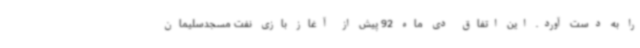
را به‌ دست آورد. این اتفاق دی‌ ماه 92 پیش از آغاز بازی نفت مسجدسلیمان